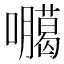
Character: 𭌫